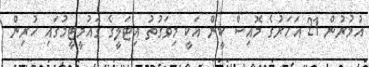
އުމުރުން 21 އަހަރުގެ މޮއިސް ކީން އަކީ މިވަގުތު އިޓަލީގެ ގައުމީޓީމުގައި ހުރިން